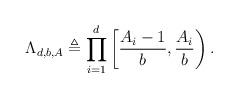
LaTeX: \begin{align*} \Lambda_{d,b,A} \triangleq \prod_{i=1}^d \left[\frac{A_i-1}{b},\frac{A_i}{b}\right). \end{align*}